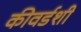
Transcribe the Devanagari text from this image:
कीवर्डशी